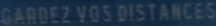
GARDEZ-VOS-DISTANCES